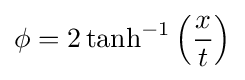
\phi =2\tanh ^{-1}\left({\frac {x}{t}}\right)